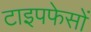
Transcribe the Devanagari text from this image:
टाइपफेसों